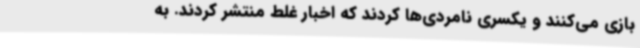
بازی‌ می‌کنند و یکسری نامردی‌ها کردند که اخبار غلط منتشر کردند. به